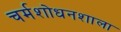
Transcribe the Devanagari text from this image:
चर्मशोधनशाला